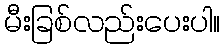
မီးခြစ်လည်းပေးပါ။